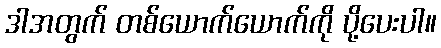
ဒါအတွက် တစ်ယောက်ယောက်ကို ပို့ပေးပါ။